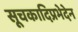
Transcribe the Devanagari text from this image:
सूचकादिप्रभेदेन